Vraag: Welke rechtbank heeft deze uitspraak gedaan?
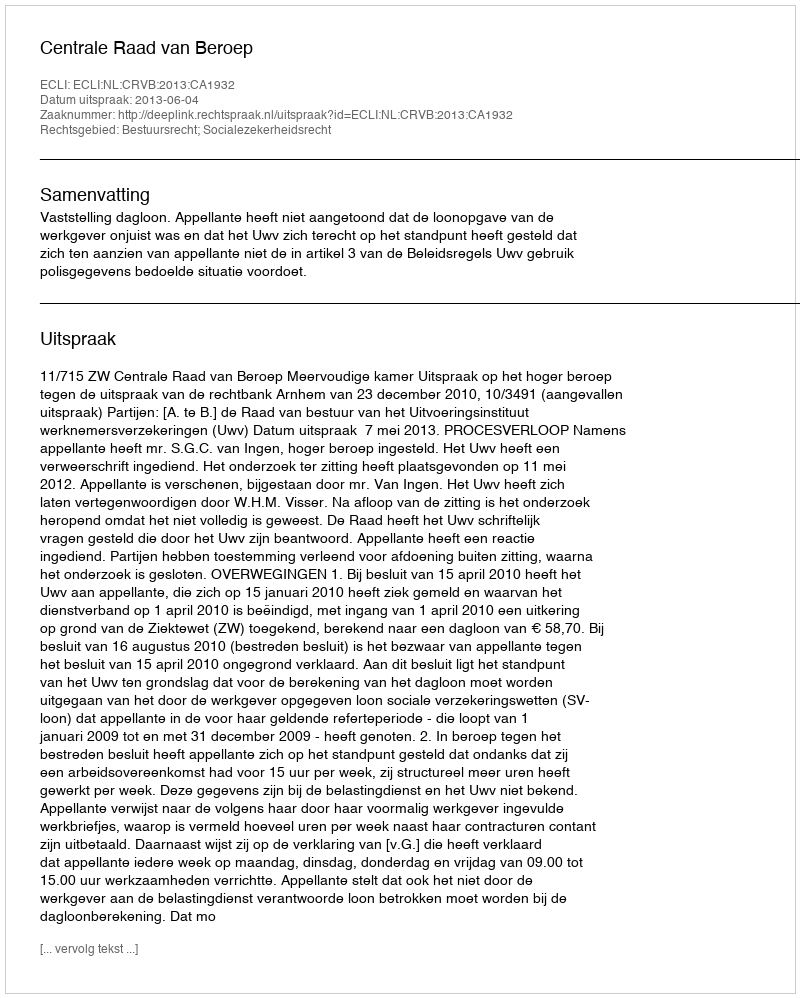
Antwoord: Centrale Raad van Beroep